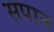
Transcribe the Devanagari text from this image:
सपान